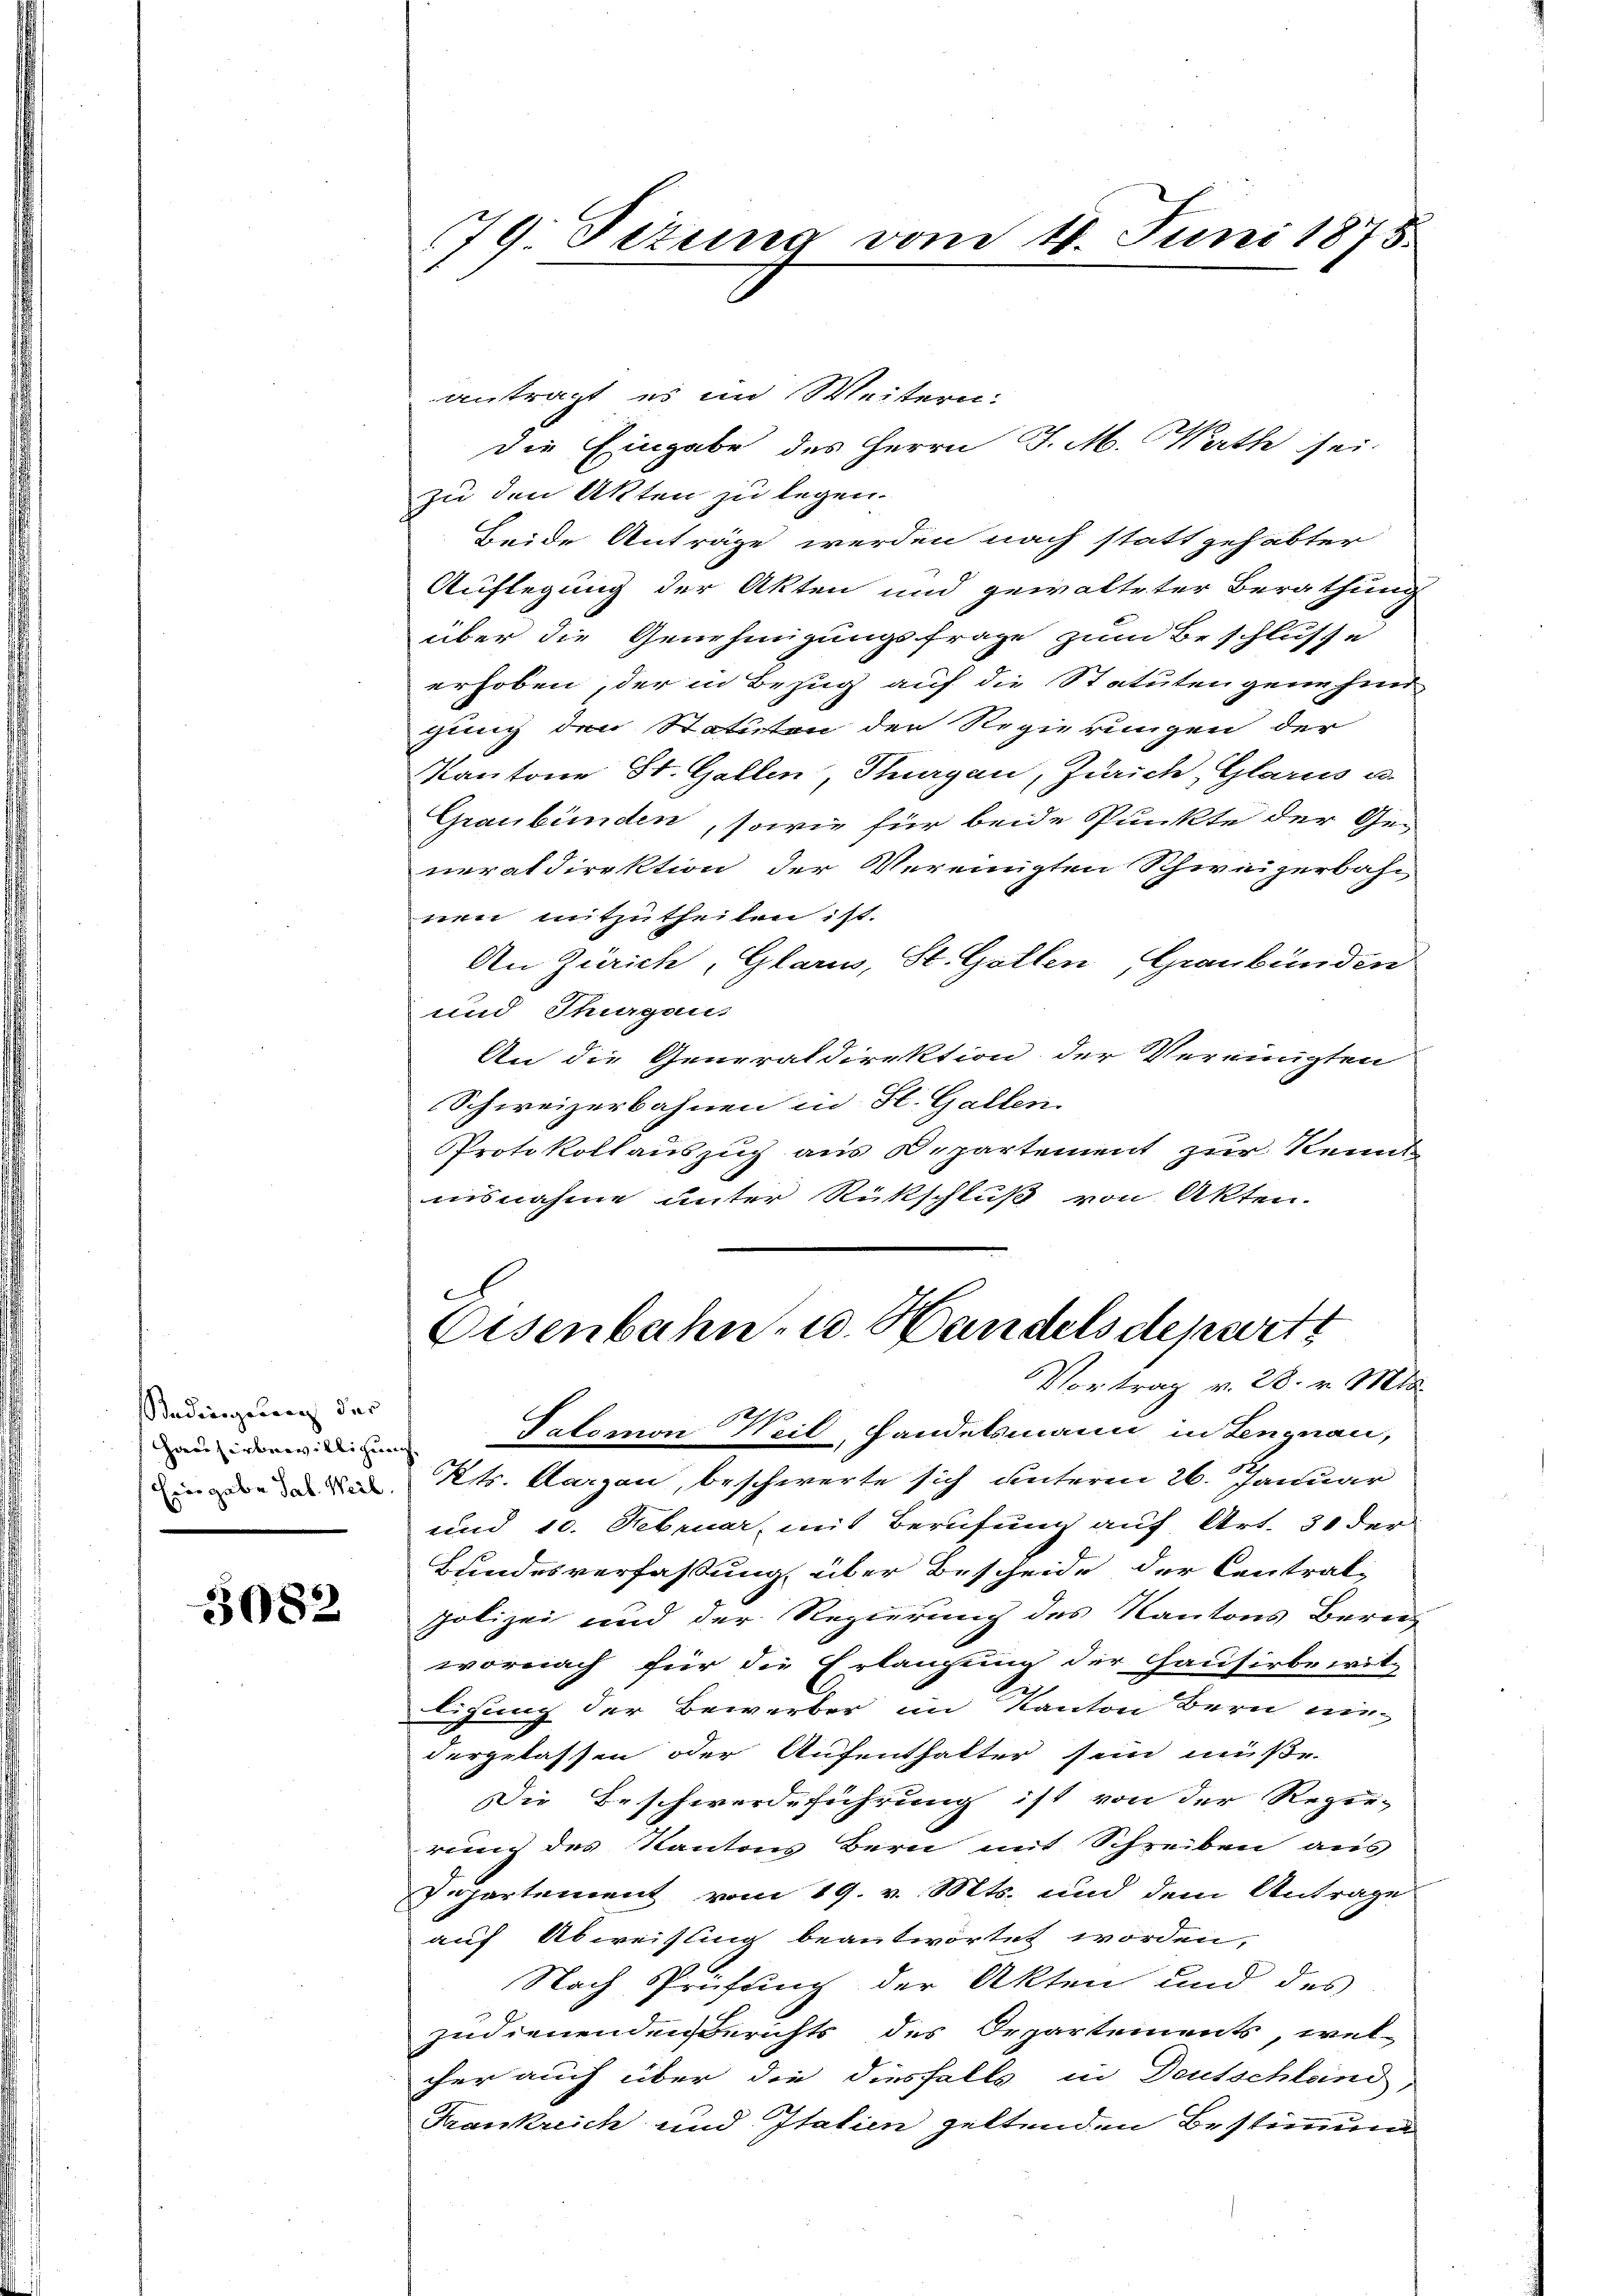
Sedingung der
Hauserbewilligung.
Eingabe Sal. Weil

3082

antragt, es im Weitern:
die Eingabe des Herrn J. M. Nath sei
zu den Akten zu legen.
Beide Anträge werden nach statt gehabter
Auflegung der Akten und gewalteter Berathung
über die Genehmigungsfrage zum Beschlusse
erhoben, der in Bezug auf die Statutengenehm
gung den Statuten der Regierungen der
Kantone St. Gallen, Thurgau, Zürich, Glarus u.
Graubünden, sowie für beide Punkte der Generaldirektion der Vereinigten Schweizerbahn
nen mitzutheilen ist.
An Zürich, Glarus, St. Gallen, Graubünden
und Thurgaus
An die Generaldirektion der Vereinigten
Schweizerbahnen in St. Gallen.
Protokollauszug aus Departement zur Kennt
nisnahme unter Rückschluß von Akten.

79 Setzung vom 4. Juni 1875.

Eisenbahn- u. Handels depett
Vortrag v. 28. v. Mts.
e
Salomon Weil, Handelsmann in Lengnau,

Kts. Klarzan, beschwerte sich unteren 26. Januar
und 10. Februar, mit Berufung auf Art. 30 der
Bundesverfassung über Bescheide der Central-
polizei und der Regierung des Kantons Bern
wornach für die Erlangung der Hausirbewil-
ligung der Bewerber im Kanton Bern niedergelassen oder Aufenthalter sein muß
Die Beschwerdeführung ist von der Regie-
rung des Kantons Bern mit Schreiben aus
Departement vom 19. v. Mts. und dem Antrage
auf Abweisung beantwortet worden,
Nach Prüfung der Akten und des
zudienenden Berichts des Departements, wel-
cher auch über die diesfalls in Deutschlend
Frankreich und Italien geltenden Bestimmung